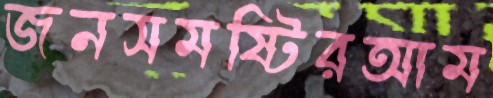
জনসমষ্টিরআম